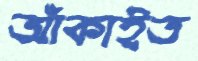
আঁকাইত